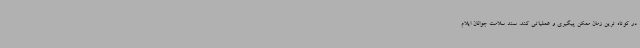
در کوتاه ترین زمان ممکن پیگیری و عملیاتی کند. سند سلامت جوانان ایلام